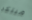
مبتكر